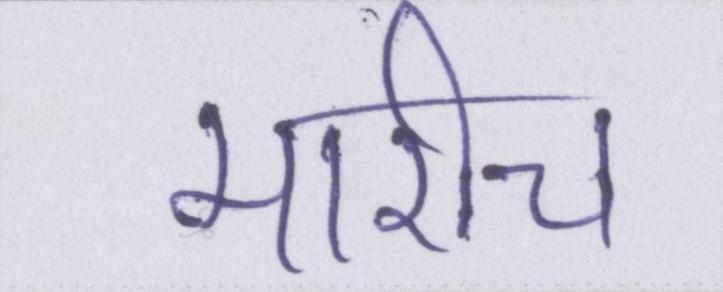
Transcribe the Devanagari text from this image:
मारीच